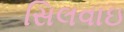
સિલવાઇ